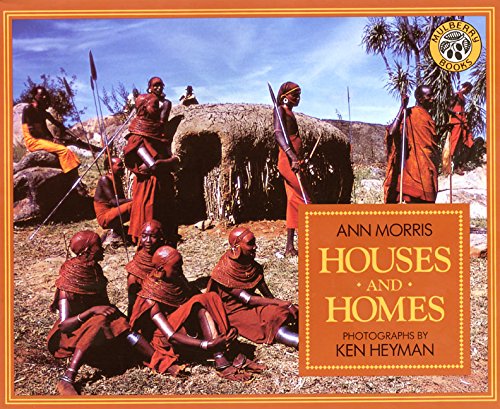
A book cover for Houses and Homes (Around the World Series); Ann Morris; Children's Books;